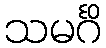
သမင်္ဂိ